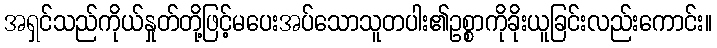
အရှင်သည်ကိုယ်နှုတ်တို့ဖြင့်မပေးအပ်သောသူတပါး၏ဥစ္စာကိုခိုးယူခြင်းလည်းကောင်း။